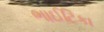
ભાઈટિકા